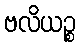
ဗလိယဉ္စ